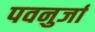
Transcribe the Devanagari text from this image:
पवनुर्जा